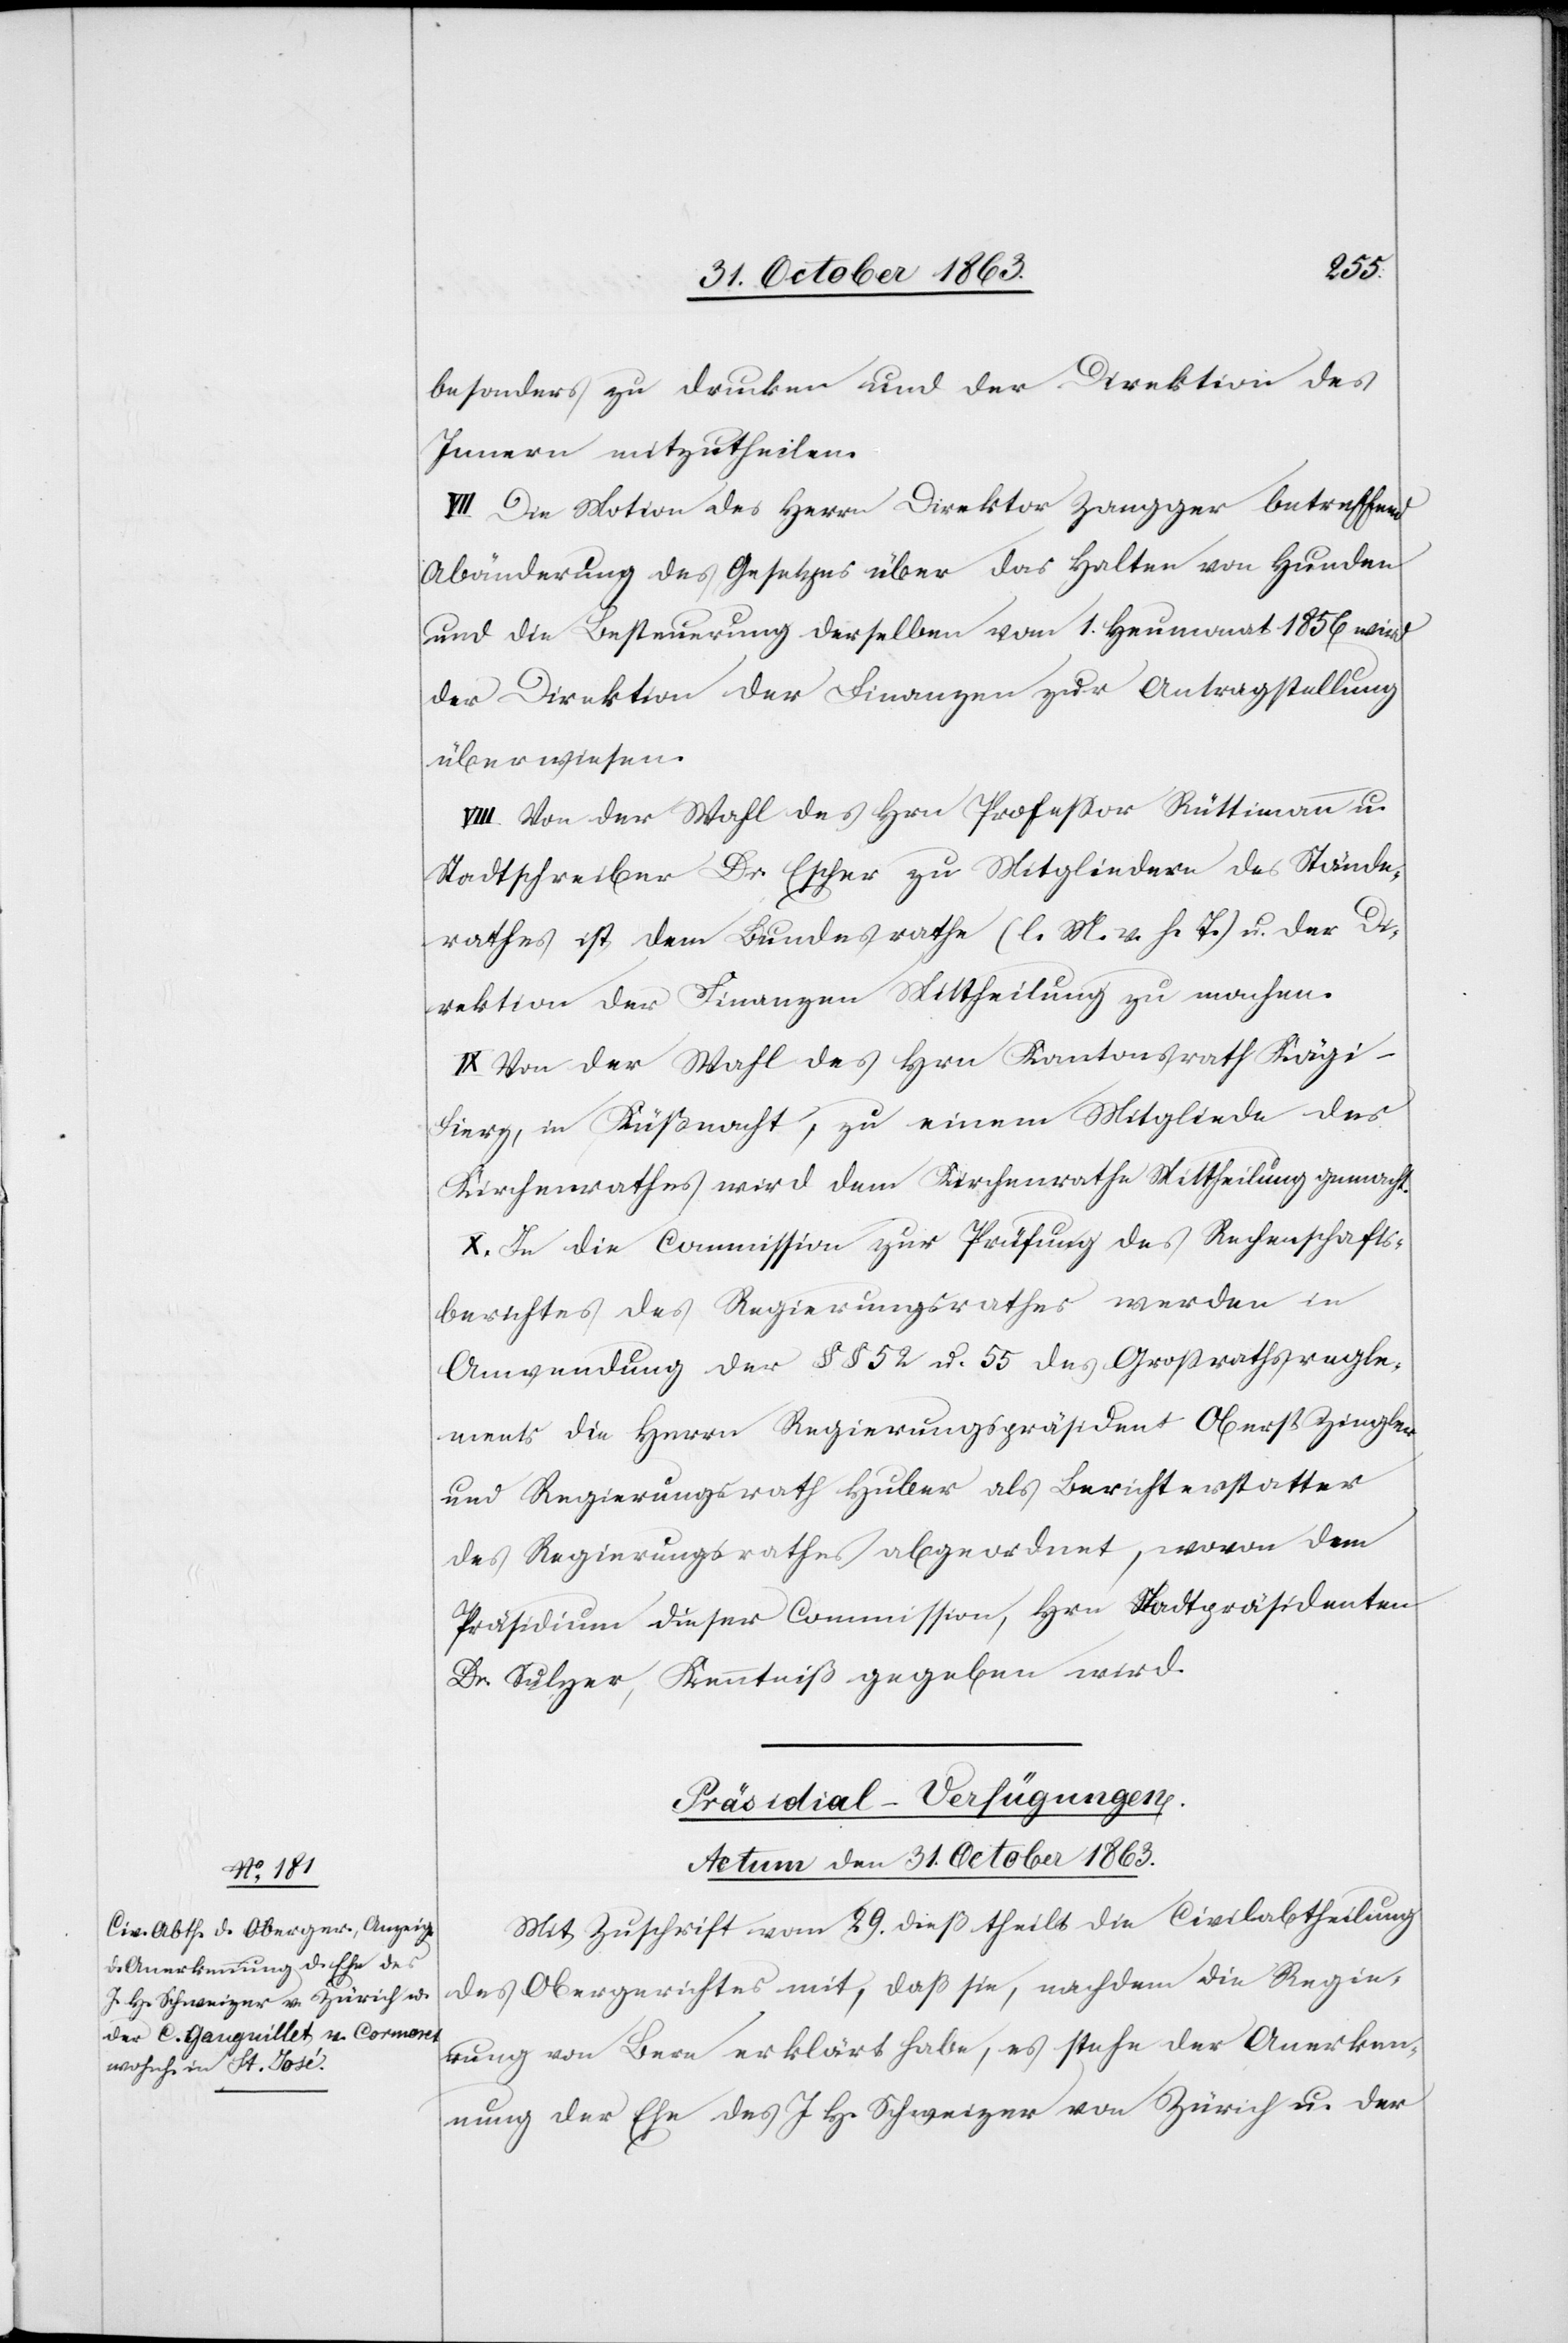
besonders zu drucken und der Direktion des
Innern mitzutheilen.
VII. Die Motion des Herrn Direktor Zangger betreffend
Abänderung des Gesetzes über das Halten von Hunden
und die Besteuerung derselben vom 1. Heumonat 1856 wird
der Direktion der Finanzen zur Antragstellung
überwiesen.
VIII. Von der Wahl des Hrn Professor Rüttimann u.
Stadtschreiber Dr. Escher zu Mitgliedern des Stände¬
rathes ist dem Bundesrathe (l. M. v. h. T.) u. der Di¬
rektion der Finanzen Mittheilung zu machen.
IX. Von der Wahl des Hrn Kantonsrath Kägi-F¬
ierz, in Küßnacht, zu einem Mitgliede des
Kirchenrathes wird dem Kirchenrathe Mittheilung gemacht.
X. In die Commission zur Prüfung des Rechenschafts¬
berichtes des Regierungsrathes werden in
Anwendung der §§ 52 u. 55 des Grossrathsregle¬
ments die Herrn Regierungspräsident Oberst Ziegler
und Regierungsrath Huber als Berichterstatter
des Regierungsrathes abgeordnet, wovon dem
Präsidium dieser Commission, Hrn Stadtpräsidenten
Dr. Sulzer, Kenntniß gegeben wird.
Präsidial-Verfügungen.
Actum den 31. October 1863.
Mit Zuschrift vom 29. dieß theilt die Civilabtheilung
des Obergerichtes mit, daß sie, nachdem die Regie¬
rung von Bern erklärt habe, es stehe der Anerken¬
nung der Ehe des J. H. Schweizer von Zürich u. der